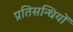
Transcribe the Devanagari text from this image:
प्रतिसन्धियों